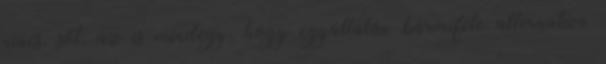
nincs, sőt, az is mindegy, hogy egyáltalán bármiféle alternatíva